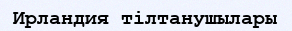
Ирландия тілтанушылары